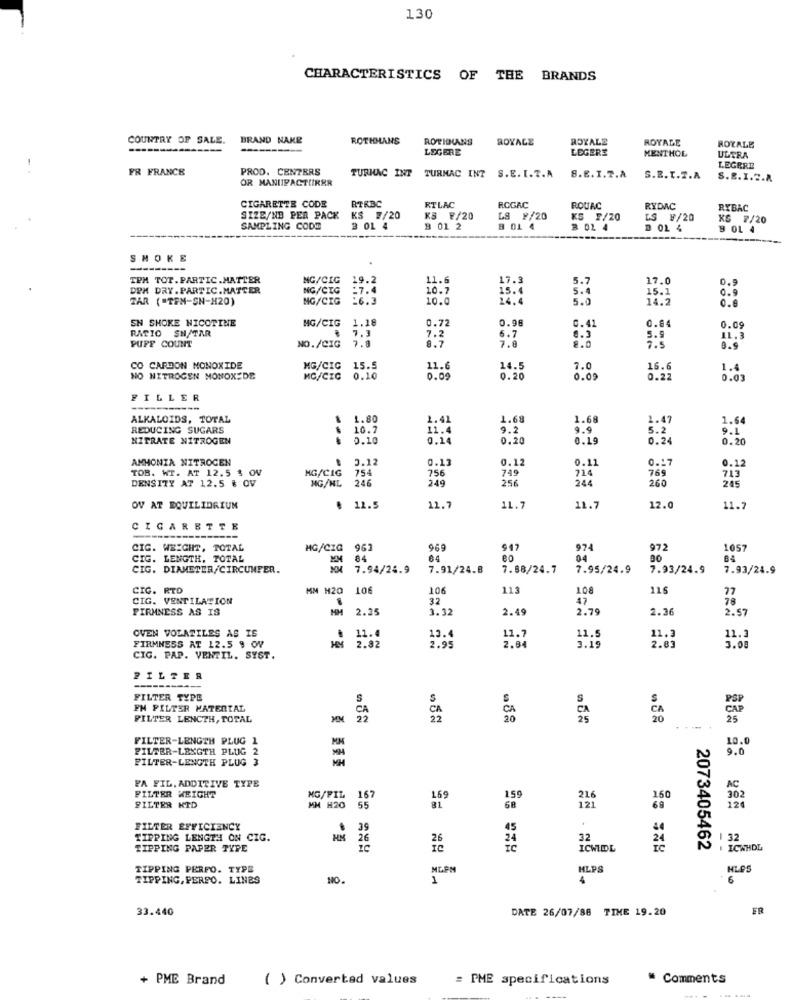
130
CHARACTERISTICS OF THE BRANDS
COUNTRY OF SALE.
BRAND NAKE
ROTHMANS
ROTHMANS
ROYALE
ROYALZ
ROYALE
--------
LEGERE
LEGERE
MENTHOL
ROYALE
ULTRA
FR FRANCE
PROD. CENTERS
TURHAC INT
LEGERE
OR MANUFACTURER
TURMAC INT S.E. I.T.A
S.E. I.T.A
S.B. T.T.A
S.E. 1.2.8
CIGARETTE CODE
RTRBC
RTLAC
ROGAC
ROUAC
RYDAC
RYBAC
SIZE/NB PER PACK
KS #/20
KS ₹/20
LS ¥/20
KS F/20
GS F/20
KS 7/20
SAMPLING CODE
3 01 4
B 01 2
8 0L 4
B 02 4
B OL 4
SMOKE
TPM TOT.PARTIC.MATTER
MG/CIG
19.2
11.6
17.3
5.7
17.0
DPM DRY. PARTIC.MATTER
NG/CIG
:7.4
10.7
15.4
15.1
0.9
TAR ("TEN-SN-H20)
MG/CIG
10.0
24.
4.2
0.9
0.8
EN SHOKE NICOTINE
MG/CIG
1.18
0.72
0.98
0.41
RACIO SH/TAR
0.84
0.09
PUFF COUNT
7.3
7.2
8.7
7.8
8.3
5.9
11.3
NO./CIG
7.9
7.5
8.9
CO CARBON MONOXIDE
MG/CIC
15.5
11.6
14.5
7.0
16.6
1.4
NO NITROGEN MONOXIDE
MC/CIC
0.10
0.09
0.20
0.09
0.22
0.03
FILLER
ALKALOIDS, TOTAL
1.80
1.41
1.68
1.68
1.47
1.64
REDUCING SUGARS
10.7
11.4
9.2
9.9
5.2
9.1
NITRATE NITROGEN
0.10
0.14
0.20
0.19
0.24
0.20
AMMONIA NITROGEN
3.12
0.13
0.12
0.11
0.1
TOB. WT. AT 12.5 % OV
HG/CIG
754
756
749
724
769
0.12
DENSITY AT 12.5 & OV
246
256
244
713
MG/ML
249
260
245
OV AT EQUILIBRIUM
11.5
11.7
11.7
11.7
12.0
11.
CIGARETTE
CIG. WEIGHT, TOTAL
MG/CIG
963
969
947
97
972
105
CIG. LENGTH. TOTAL
84
64
04
84
CIG. DIAMETER/CIRCUNFER.
7.94/24.9
7.91/24.8
7.88/24.7
7.95/24.9
7.93/24.9
7.93/24.9
CIC. RTD
MM H20
106
106
113
108
115
CIG. VENTILATION
32
47
78
FIRMNESS AS IS
2.25
3.32
2.49
2.79
2.36
2.57
11.3
OVEN VOLATILES AS IS
.
11.
13.4
11.7
2.84
11.5
11.3
2.83
FIRMNESS AT 12.5 9 OV
2.82
2.95
3.19
3.08
CIG. PAP. VENTIL. SYST.
FILTER
FILTER TYPE
S
S
S
FM FILTER MATERIAL
FILTER LENCTH, TOTAL
CA
FILTER-LENGTH PLUG 1
10.0
FILTER-LENGTH PLUG 2
9.
FILTER-LENGTH PLUG 3
FA FIL. ADDITIVE TYPE
AC
FILTER WEIGHT
MG/PIL
167
16 9
A
302
FILTER KID
MM H20
55
FILTER EFFICIENCY
39
45
TIPPING LENGTH ON CIG.
HM
26
32
9 1 32
TIPPING PAPER TYPE
26
ICWIDL
24
2073405462
. ICWHOL
TIPPING PERFO. TYPE
HLPS
HLES
TIPPING, PERPO. LINES
NO.
1
6
33.440
DATE 26/07/88 TIME 19.20
ER
+ PME Brand
( ) Converted values
= PME specifications
" Comments